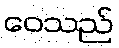
ဝေသည်